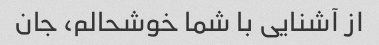
از آشنایی با شما خوشحالم، جان